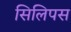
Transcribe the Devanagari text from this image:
सिलिपस